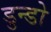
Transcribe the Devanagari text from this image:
डुन्डो